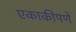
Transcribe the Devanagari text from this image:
एकाकीपणे